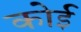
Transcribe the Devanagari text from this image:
कोई